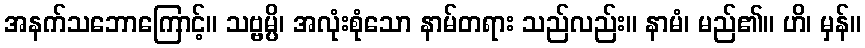
အနက်သဘောကြောင့်။ သဗ္ဗမ္ပိ၊ အလုံးစုံသော နာမ်တရား သည်လည်း။ နာမံ၊ မည်၏။ ဟိ၊ မှန်။